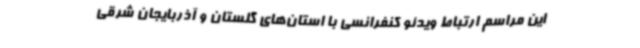
این مراسم ارتباط ویدئو کنفرانسی با استان‌های گلستان و آذربایجان شرقی